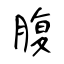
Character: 腹